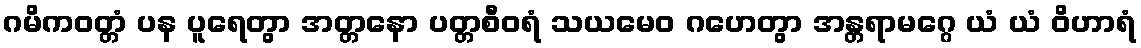
ဂမိကဝတ္တံ ပန ပူရေတွာ အတ္တနော ပတ္တစီဝရံ သယမေဝ ဂဟေတွာ အန္တရာမဂ္ဂေ ယံ ယံ ဝိဟာရံ